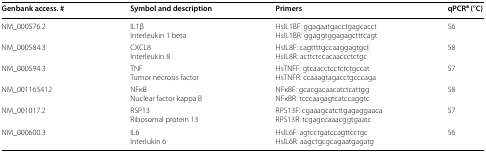
<table><thead><tr><td><b>Genbank access. #</b></td><td><b>Symbol and description</b></td><td><b>Primers</b></td><td><b>qPCR<sup>a</sup> (°C)</b></td></tr></thead><tbody><tr><td>NM_000576.2</td><td>IL1βInterleukin 1 beta</td><td>HsIL1BF: ggagaatgacctgagcacctHsIL1BR: ggaggtggagagctttcagt</td><td>56</td></tr><tr><td>NM_000584.3</td><td>CXCL8Interleukin 8</td><td>HsIL8F: cagttttgccaaggagtgctHsIL8R: acttctccacaaccctctgc</td><td>58</td></tr><tr><td>NM_000594.3</td><td>TNFTumor necrosis factor</td><td>HsTNFF: gtcaacctcctctctgccatHsTNFR: ccaaagtagacctgcccaga</td><td>57</td></tr><tr><td>NM_001165412</td><td>NFκBNuclear factor kappa B</td><td>NFκBF: gcacgacaacatctcattggNFκBR: tcccaagagtcatccaggtc</td><td>58</td></tr><tr><td>NM_001017.2</td><td>RSP13Ribosomal protein 13</td><td>RPS13F: cgaaagcatcttgagaggaacaRPS13R: tcgagccaaacggtgaatc</td><td>57</td></tr><tr><td>NM_000600.3</td><td>IL6Interlukin 6</td><td>HsIL6F: agtcctgatccagttcctgcHsIL6R: aagctgcgcagaatgagatg</td><td>56</td></tr></tbody></table>